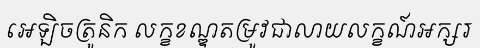
អេឡិចត្រូនិក លក្ខខណ្ឌតម្រូវជាលាយលក្ខណ៍អក្សរ